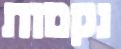
נקמות